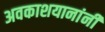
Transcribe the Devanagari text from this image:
अवकाशयानांनी